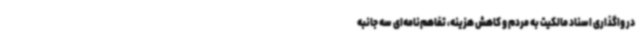
در واگذاری اسناد مالکیت به مردم و کاهش هزینه، تفاهم‌نامه‌ای سه جانبه